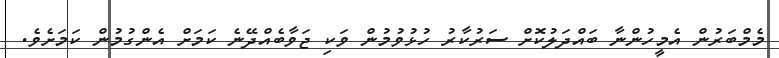
މެމްބަރުން އެމީހުންނާ ބައްދަލުކޮށް ސަރުކާރު ހުޅުވުމުން ވަކި ޖަވާބެއްދޭނެ ކަމަށް އެންގުމުން ކަމަށެވެ.